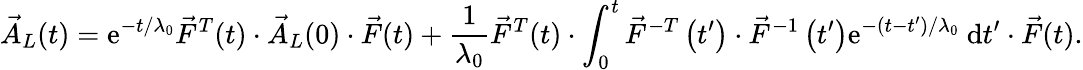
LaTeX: \vec{A}_{L}(t)=\mathrm{e}^{-t/\lambda_{0}}\vec{F}^{T}(t)\cdot\vec{A}_{L}(0)\cdot\vec{F}(t)+\frac{1}{\lambda_{0}}\vec{F}^{T}(t)\cdot\int_{0}^{t}\vec{F}^{-T}\left(t^{\prime}\right)\cdot\vec{F}^{-1}\left(t^{\prime}\right)\mathrm{e}^{-(t-t^{\prime})/\lambda_{0}}~\mathrm{d}t^{\prime}\cdot\vec{F}(t).